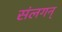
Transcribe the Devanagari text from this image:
संलगन्